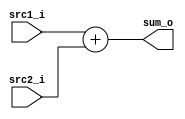
module Adder (
	input [31:0] src1_i,
	input [31:0] src2_i,
	output [31:0] sum_o
);

assign sum_o = src1_i + src2_i;

endmodule